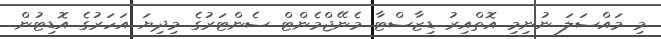
މި މައްސަލަ ނުނިމި އޮތްއިރު ޑިޒާސްޓާ މެނޭޖްމެންޓް ސެންޓަރުގެ މިދިޔަ އަހަރުގެ އޮޑިޓުން